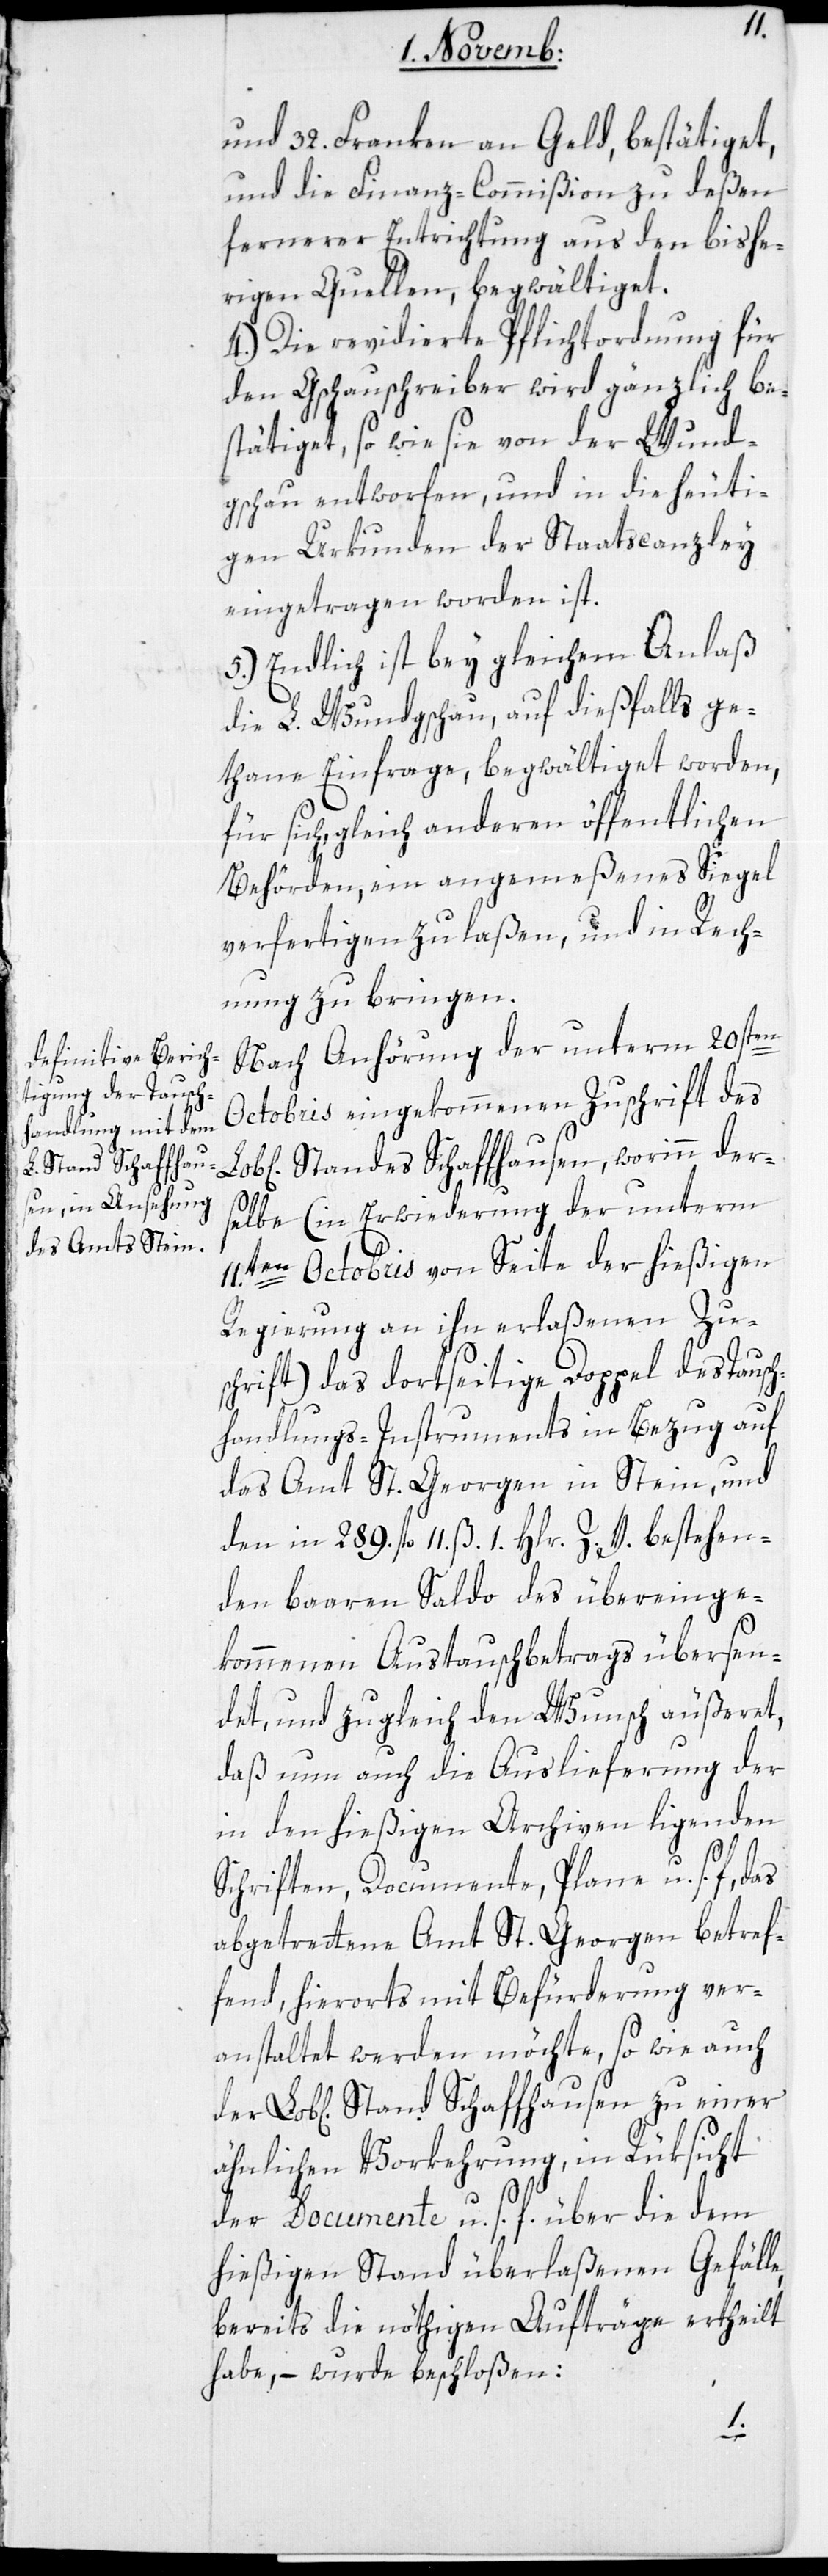
Standes Schaffhau¬

und 32. Franken an Geld, bestätiget,
und die Finanz-Commißion zu deßen
fernerer Entrichtung aus den bishe¬
rigen Quellen begwältiget.
4.) Die revidierte Pflichtordnung für
den Gschauschreiber wird gänzlich be¬
stätiget, so wie sie von der Wund¬
gschau entworfen, und in die heuti¬
gen Urkunden der Staatscanzley
eingetragen worden ist.
5.) Endlich ist bey gleichem Anlaß
die L. Wundgschau, auf diesfalls ge¬
thane Einfrage, begwältiget worden,
für sich, gleich anderen öffentlichen
Behörden, ein angemeßenes Siegel
verfertigen zu laßen, und in Rech¬
nung zu bringen.
Nach Anhörung der unterm 20sten
Octobris eingekommenen Zuschrift des
Standes Schaffhausen, worinn der¬
selbe (in Erwiderung der unterm
11ten Octobris von Seite der hießigen
Regierung an ihn erlaßenen Zu¬
schrift) das dortseitige Doppel des Tausch¬
handlungs-Instruments in Bezug auf
das Amt St. Georgen in Stein, und
den in 289. fl. 11. ß 1. Hlr. Z. V. bestehen¬
den baaren Saldo des übereinge¬
kommenen Austauschbetrags übersen¬
det, und zugleich den Wunsch äußeret,
daß nun auch die Auslieferung der
in den hießigen Archiven liegenden
sen
Schriften, Documente, Pläne u. s. f.,
abgetretene Amt St. Georgen betref¬
fend, hierorts mit Befürderung ver¬
anstaltet werden möchte, so wie auch
ähnlichen Vorkehrung, in Rüksicht
der Documente u. s. f. über die dem
hießigen Stand überlaßenen Gefälle,
bereits die nöthigen Aufträge ertheilt
habe, – wurde beschloßen: